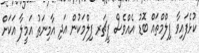
ކުޅެފައިވާ ފިލްމްތައް ބޮޑު އެއްވެސް ފީޗަރ ފިލްމަކުން އަދި އާމިނަތު އަމީލާ އަކަށް